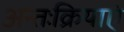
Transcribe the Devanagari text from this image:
अन्तःक्रियाएं